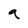
Character: a